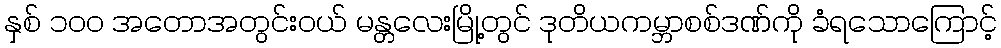
နှစ် ၁၀၀ အတောအတွင်းဝယ် မန္တလေးမြို့တွင် ဒုတိယကမ္ဘာစစ်ဒဏ်ကို ခံရသောကြောင့်